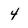
Character: 4